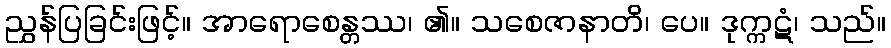
ညွှန်ပြခြင်းဖြင့်။ အာရောစေန္တဿ၊ ၏။ သစေဇာနာတိ၊ ပေ။ ဒုက္ကဋံ၊ သည်။